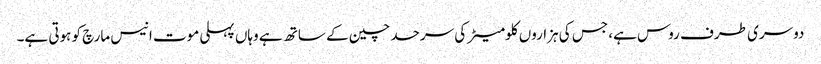
دوسری طرف روس ہے، جس کی ہزاروں کلومیٹر کی سرحد چین کے ساتھ ہے وہاں پہلی موت انیس مارچ کو ہوتی ہے۔